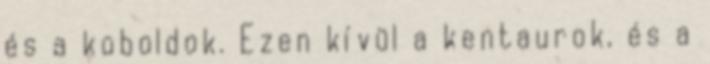
és a koboldok. Ezen kívül a kentaurok, és a